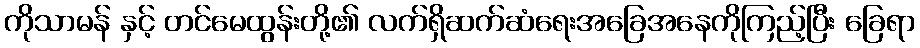
ကိုသာမန် နှင့် တင်မေထွန်းတို့၏ လက်ရှိဆက်ဆံရေးအခြေအနေကိုကြည့်ပြီး ခြေရာ